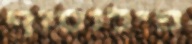
פילוסוף